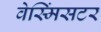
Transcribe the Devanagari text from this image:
वेस्मिंसटर